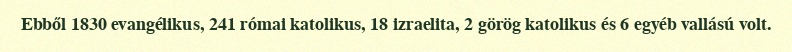
Ebből 1830 evangélikus, 241 római katolikus, 18 izraelita, 2 görög katolikus és 6 egyéb vallású volt.